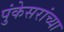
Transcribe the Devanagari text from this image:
पुंकेसरांच्या